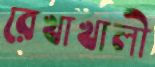
রেখাখালী